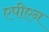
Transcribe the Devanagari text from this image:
एपीएन